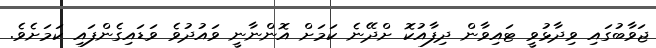
ޖަވާބުގައި ވިދާޅުވީ ޓައިވާން ދިފާއުކޮ ށްދޭނެ ކަމަށް އޮންނާނީ ވައުދުވެ ވަޑައިގެންފައި ކަމަށެވެ.